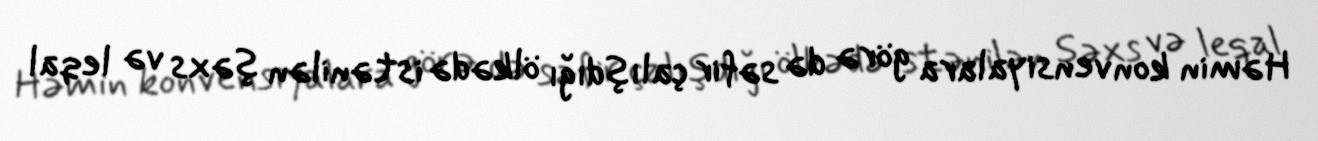
Həmin konvensiyalara görə də səfir çalışdığı ölkədə istənilən şəxs və leqal